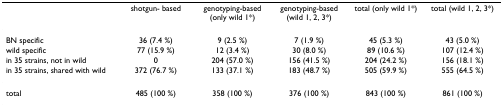
<table><thead><tr><td></td><td><b>shotgun- based</b></td><td><b>genotyping-based (only wild 1*)</b></td><td><b>genotyping-based (wild 1, 2, 3*)</b></td><td><b>total (only wild 1*)</b></td><td><b>total (wild 1, 2, 3*)</b></td></tr></thead><tbody><tr><td>BN specific</td><td>36 (7.4 %)</td><td>9 (2.5 %)</td><td>7 (1.9 %)</td><td>45 (5.3 %)</td><td>43 (5.0 %)</td></tr><tr><td>wild specific</td><td>77 (15.9 %)</td><td>12 (3.4 %)</td><td>30 (8.0 %)</td><td>89 (10.6 %)</td><td>107 (12.4 %)</td></tr><tr><td>in 35 strains, not in wild</td><td>0</td><td>204 (57.0 %)</td><td>156 (41.5 %)</td><td>204 (24.2 %)</td><td>156 (18.1 %)</td></tr><tr><td>in 35 strains, shared with wild</td><td>372 (76.7 %)</td><td>133 (37.1 %)</td><td>183 (48.7 %)</td><td>505 (59.9 %)</td><td>555 (64.5 %)</td></tr><tr><td>total</td><td>485 (100 %)</td><td>358 (100 %)</td><td>376 (100 %)</td><td>843 (100 %)</td><td>861 (100 %)</td></tr></tbody></table>